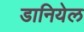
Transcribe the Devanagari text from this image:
डानियेल